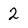
Character: 2